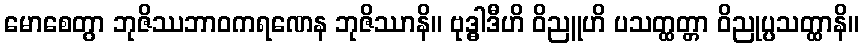
မောစေတွာ ဘုဇိဿဘာဝကရဏေန ဘုဇိဿာနိ။ ဗုဒ္ဓါဒီဟိ ဝိညူဟိ ပသတ္ထတ္တာ ဝိညုပ္ပသတ္ထာနိ။